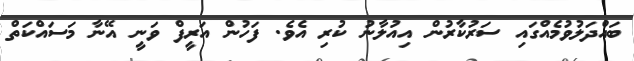
ބައްދަލުވުމެއްގައި ސަރުކާރުން އިއުލާނު ކުރި އެވެ. ފަހުން އަރީފް ވަނީ އޭނާ މަސައްކަތް